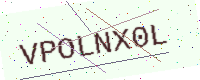
Text: VPOLNX0L